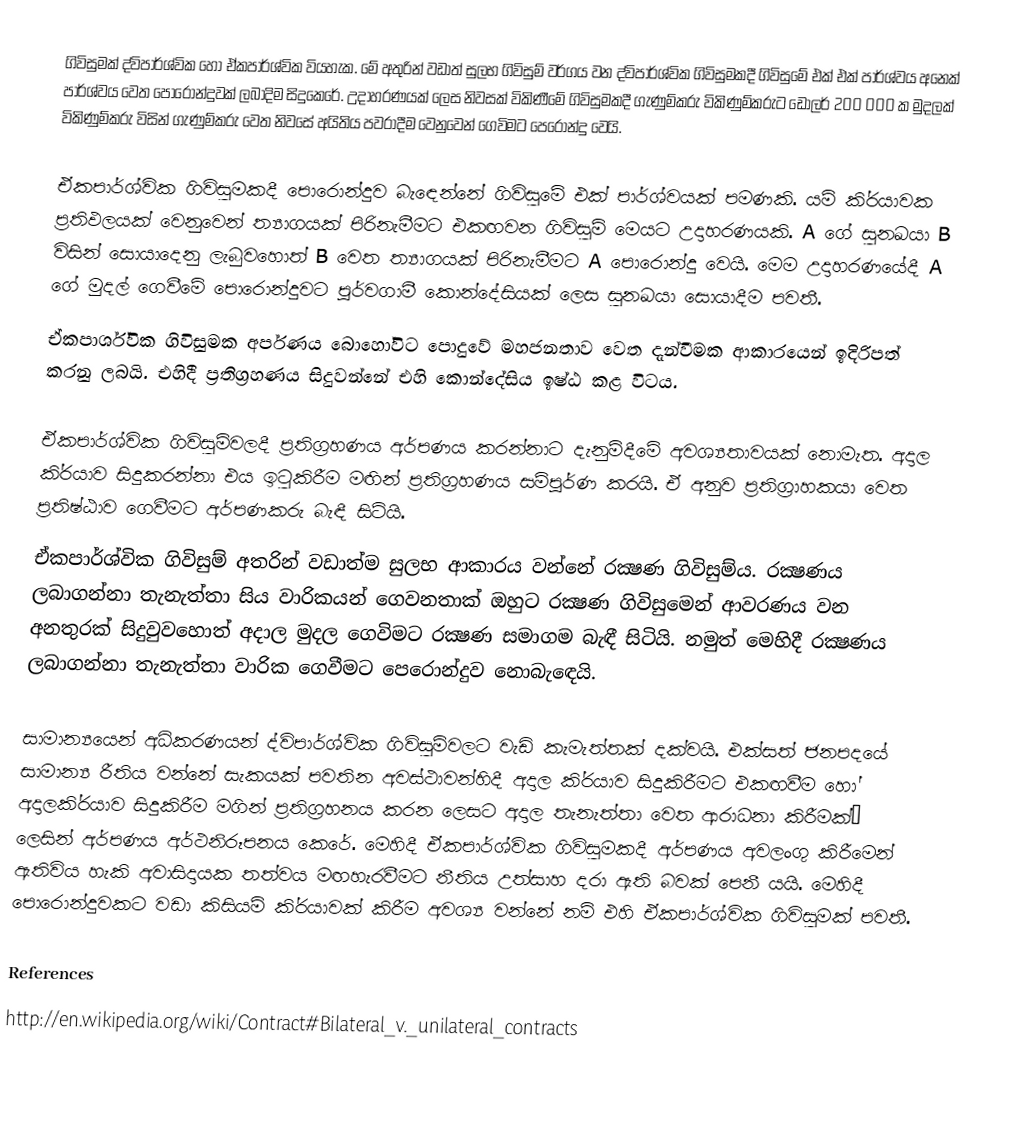
ගිවිසුමක් ද්විපාර්ශ්වික හෝ ඒකපාර්ශ්වික වියහැක. මේ අතුරින් වඩාත් සුලභ ගිවිසුම් වර්ගය වන ද්විපාර්ශ්වික ගිවිසුමකදී ගිවිසුමේ එක් එක් පාර්ශ්වය අනෙක් පාර්ශ්වය වෙත පොරොන්දුවක් ලබාදිම සිදුකෙරේ. උදාහරණයක් ලෙස නිවසක් විකිණීමේ ගිවිසුමකදී ගැණුම්කරු විකිණුම්කරුට ඩොලර් 200 000 ක මුදලක් විකිණුම්කරු විසින් ගැණුම්කරු වෙත නිවසේ අයිතිය පවරාදීම වෙනුවෙන් ගෙවිමට පෙරොන්දු වෙයි.

ඒකපාර්ශ්වික ගිවිසුමකදී පොරොන්දුව බැඳෙන්නේ ගිවිසුමේ එක් පාර්ශ්වයක් පමණකි. යම් කි‍්‍රයාවක ප‍්‍රතිඵලයක් වෙනුවෙන් ත්‍යාගයක් පිරිනැමීමට එකඟවන ගිවිසුම් මෙයට උදාහරණයකි. A ගේ සුනඛයා B විසින් සොයාදෙනු ලැබුවහොත් B වෙත ත්‍යාගයක් පිරිනැමීමට A පොරොන්දු වෙයි. මෙම උදාහරණයේදී A ගේ මුදල් ගෙවීමේ පොරොන්දුවට පූර්වගාමී කොන්දේසියක් ලෙස සුනඛයා සොයාදීම පවතී.
ඒකපාර්ශ්වික ගිවිසුමක අර්පණය බොහෝවිට පොදුවේ මහජනතාව වෙත දැන්වීමක ආකාරයෙන් ඉදිරිපත් කරනු ලබයි. එහිදී ප‍්‍රතිග‍්‍රහණය සිදුවන්නේ එහි කොන්දේසිය ඉෂ්ඨ කළ විටය.

ඒකපාර්ශ්වික ගිවිසුම්වලදී ප‍්‍රතිග‍්‍රහණය අර්පණය කරන්නාට දැනුම්දීමේ අවශ්‍යතාවයක් නොමැත. අදාල කි‍්‍රයාව සිදුකරන්නා එය ඉටුකිරීම මඟින් ප‍්‍රතිග‍්‍රහණය සම්පූර්ණ කරයි. ඒ අනුව ප‍්‍රතිග‍්‍රාහකයා වෙත ප‍්‍රතිෂ්ඨාව ගෙවීමට අර්පණකරු බැඳී සිටියි.
ඒකපාර්ශ්වික ගිවිසුම් අතරින් වඩාත්ම සුලභ ආකාරය වන්නේ රක්‍ෂණ ගිවිසුම්ය. රක්‍ෂණය ලබාගන්නා තැනැත්තා සිය වාරිකයන් ගෙවනතාක් ඔහුට රක්‍ෂණ ගිවිසුමෙන් ආවරණය වන අනතුරක් සිදුවුවහොත් අදාල මුදල ගෙවිමට රක්‍ෂණ සමාගම බැඳී සිටියි. නමුත් මෙහිදී රක්‍ෂණය ලබාගන්නා තැනැත්තා වාරික ගෙවීමට පෙරොන්දුව නොබැඳෙයි.

සාමාන්‍යයෙන් අධිකරණයන් ද්විපාර්ශ්වික ගිවිසුම්වලට වැඩි කැමැත්තක් දක්වයි. එක්සත් ජනපදයේ සාමාන්‍ය රීතිය වන්නේ සැකයක් පවතින අවස්ථාවන්හිදී අදාල කි‍්‍රයාව සිදුකිරීමට එකඟවීම හෝ අදාලකි‍්‍රයාව සිදුකිරීම මගින් ප‍්‍රතිග‍්‍රහනය කරන ලෙසට අදාල තැනැත්තා වෙත ආරාධනා කිරීමක්’ ලෙසින් අර්පණය අර්ථනිරූපනය කෙරේ. මෙහිදී ඒකපාර්ශ්වික ගිවිසුමකදී අර්පණය අවලංගු කිරීමෙන් ඇතිවිය හැකි අවාසිදායක තත්වය මඟහැරවීමට නීතිය උත්සාහ දරා ඇති බවක් පෙනී යයි. මෙහිදී පොරොන්දුවකට වඩා කිසියම් කි‍්‍රයාවක් කිරීම අවශ්‍ය වන්නේ නම් එහි ඒකපාර්ශ්වික ගිවිසුමක් පවතී.

References
http://en.wikipedia.org/wiki/Contract#Bilateral_v._unilateral_contracts